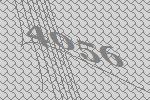
4056